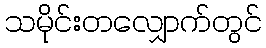
သမိုင်းတလျှောက်တွင်